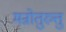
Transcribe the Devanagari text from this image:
मन्रोतुरुत्तु